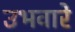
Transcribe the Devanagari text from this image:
उभवारे